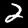
Label: 2